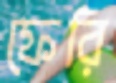
ফেরি